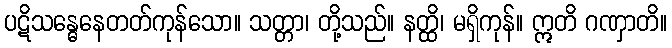
ပဋိသန္ဓေနေတတ်ကုန်သော။ သတ္တာ၊ တို့သည်။ နတ္ထိ၊ မရှိကုန်။ ဣတိ ဂဏှာတိ။